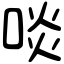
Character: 啖